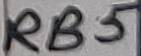
Text: RB5